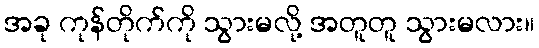
အခု ကုန်တိုက်ကို သွားမလို့ အတူတူ သွားမလား။